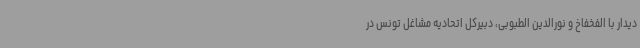
دیدار با الفخفاخ و نورالدین الطبوبی، دبیرکل اتحادیه مشاغل تونس در